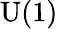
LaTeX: {\mathrm{U}}(1)